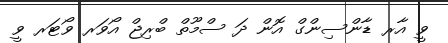
ވީ އާރ ޑާންސިންގް އޮން ދަ ސްމޫތް ބްރިޖް އޯވަރ ވޯޓަރ ވީ